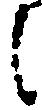
に